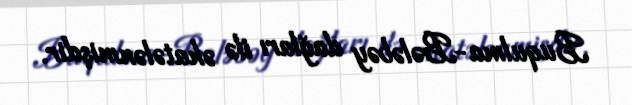
Buqulma-Bələbəy dağları ilə əhatələnmişdir.